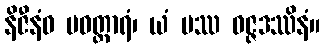
နိဇီနံဝ ပဝတ္တာရံ၊ ယံ ပဿ ဝဇ္ဇဒဿိနံ။